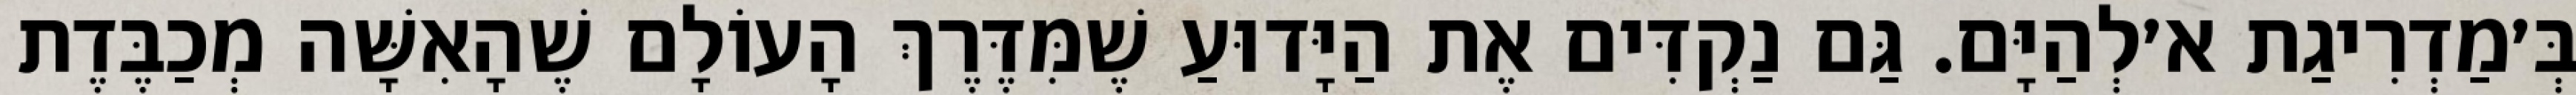
בְּ׳מַדְרִיגַת א׳לְהַיָּם. גַּם נַקְדִּים אֶת הַיָּדוּעַ שֶׁמִּדֶּרֶךְ הָעוֹלָם שֶׁהָאִשָּׁה מְכַבֶּדֶת